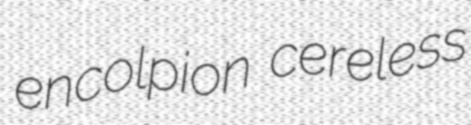
encolpion cereless